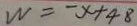
W = - x + 4 8